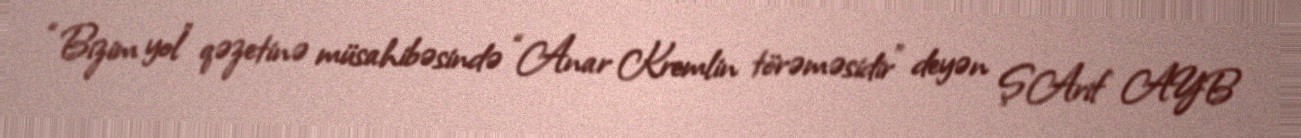
“Bizim yol” qəzetinə müsahibəsində “Anar Kremlin törəməsidir” deyən Ş.Arif AYB